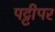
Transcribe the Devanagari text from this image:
पट्टीपर